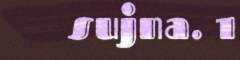
sujna. 1